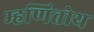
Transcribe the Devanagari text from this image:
म्हणितोय